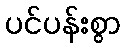
ပင်ပန်းစွာ